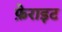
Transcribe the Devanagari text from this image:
फ़ेराइट